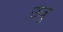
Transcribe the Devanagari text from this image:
उजु